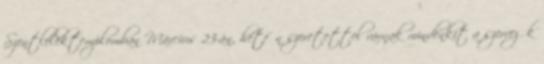
Szentlélektemplomban Március 23-án, hétfőn szeretettel várnak mindenkit a szervezők